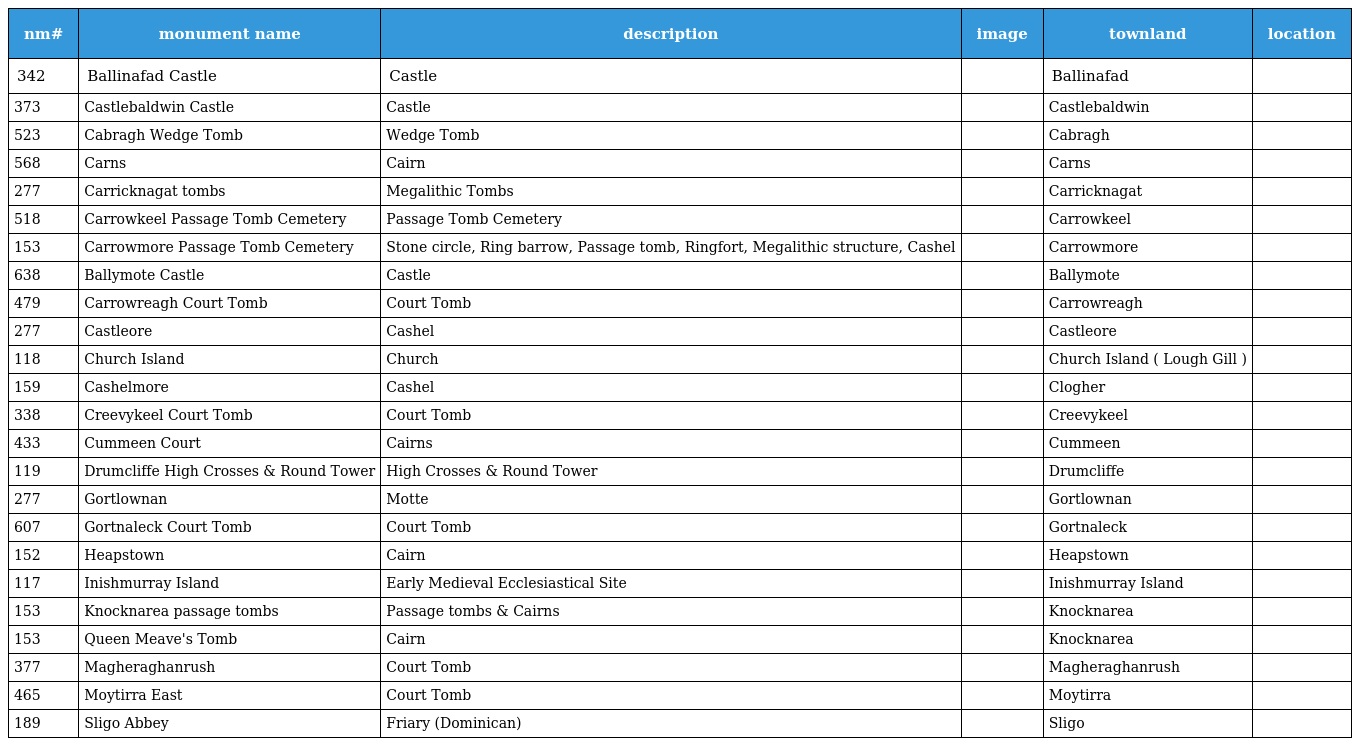
| nm# | monument name | description | image | townland | location |
 | --- | --- | --- | --- | --- | --- |
 | 342 | Ballinafad Castle | Castle |  | Ballinafad |  |
 | 373 | Castlebaldwin Castle | Castle |  | Castlebaldwin |  |
 | 523 | Cabragh Wedge Tomb | Wedge Tomb |  | Cabragh |  |
 | 568 | Carns | Cairn |  | Carns |  |
 | 277 | Carricknagat tombs | Megalithic Tombs |  | Carricknagat |  |
 | 518 | Carrowkeel Passage Tomb Cemetery | Passage Tomb Cemetery |  | Carrowkeel |  |
 | 153 | Carrowmore Passage Tomb Cemetery | Stone circle, Ring barrow, Passage tomb, Ringfort, Megalithic structure, Cashel |  | Carrowmore |  |
 | 638 | Ballymote Castle | Castle |  | Ballymote |  |
 | 479 | Carrowreagh Court Tomb | Court Tomb |  | Carrowreagh |  |
 | 277 | Castleore | Cashel |  | Castleore |  |
 | 118 | Church Island | Church |  | Church Island ( Lough Gill ) |  |
 | 159 | Cashelmore | Cashel |  | Clogher |  |
 | 338 | Creevykeel Court Tomb | Court Tomb |  | Creevykeel |  |
 | 433 | Cummeen Court | Cairns |  | Cummeen |  |
 | 119 | Drumcliffe High Crosses & Round Tower | High Crosses & Round Tower |  | Drumcliffe |  |
 | 277 | Gortlownan | Motte |  | Gortlownan |  |
 | 607 | Gortnaleck Court Tomb | Court Tomb |  | Gortnaleck |  |
 | 152 | Heapstown | Cairn |  | Heapstown |  |
 | 117 | Inishmurray Island | Early Medieval Ecclesiastical Site |  | Inishmurray Island |  |
 | 153 | Knocknarea passage tombs | Passage tombs & Cairns |  | Knocknarea |  |
 | 153 | Queen Meave's Tomb | Cairn |  | Knocknarea |  |
 | 377 | Magheraghanrush | Court Tomb |  | Magheraghanrush |  |
 | 465 | Moytirra East | Court Tomb |  | Moytirra |  |
 | 189 | Sligo Abbey | Friary (Dominican) |  | Sligo |  |